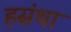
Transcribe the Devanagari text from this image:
हसंथा